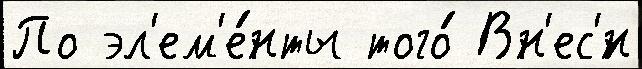
По эл'ем'е́нты того́ Вн'ес'́н